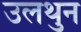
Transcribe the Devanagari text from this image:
उलथुन